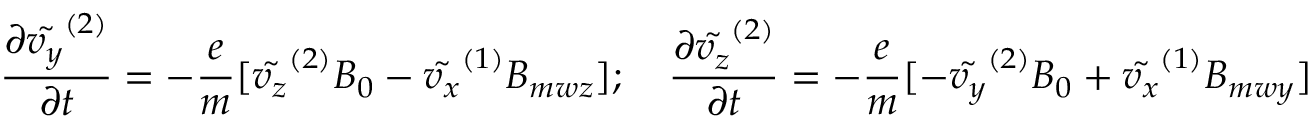
\frac { \partial \tilde { v _ { y } } ^ { ( 2 ) } } { \partial t } = - \frac { e } { m } [ \tilde { v _ { z } } ^ { ( 2 ) } B _ { 0 } - \tilde { v _ { x } } ^ { ( 1 ) } B _ { m w z } ] ; \quad \frac { \partial \tilde { v _ { z } } ^ { ( 2 ) } } { \partial t } = - \frac { e } { m } [ - \tilde { v _ { y } } ^ { ( 2 ) } B _ { 0 } + \tilde { v _ { x } } ^ { ( 1 ) } B _ { m w y } ]